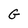
Character: G